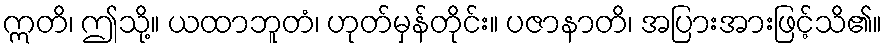
ဣတိ၊ ဤသို့။ ယထာဘူတံ၊ ဟုတ်မှန်တိုင်း။ ပဇာနာတိ၊ အပြားအားဖြင့်သိ၏။